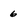
Character: 6